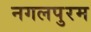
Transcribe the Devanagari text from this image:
नगलपुरम